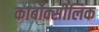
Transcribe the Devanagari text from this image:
कार्बोक्सीलिक